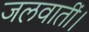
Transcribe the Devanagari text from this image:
जलवातीं।